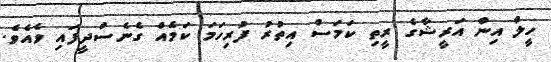
ހީލް އިން އަރީޝާގެ ރީތި ކަމަސް އިތުރު ފުރިހަމަ ކަމެއް ގެނެސްދީފައި ވެއެވެ.